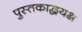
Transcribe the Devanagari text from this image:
पुस्तकाद्धयक्ष